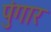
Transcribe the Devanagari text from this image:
पुंगार